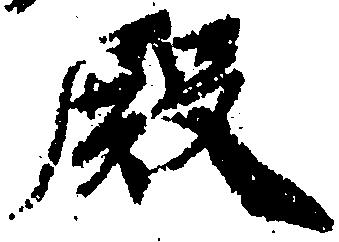
殿